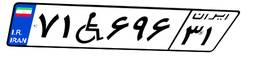
۷۱W۶۹۶۳۱